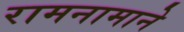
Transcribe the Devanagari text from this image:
रामनामाने